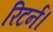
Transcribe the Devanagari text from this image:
रिटर्न।